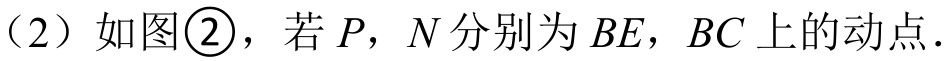
(2) 如图\textcircled{2}，若 \(P\)，\(N\) 分别为 \(BE\)，\(BC\) 上的动点.